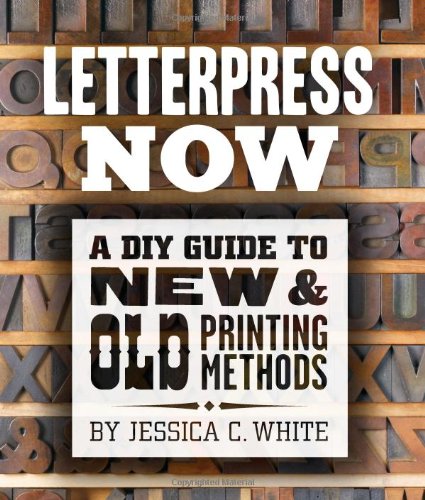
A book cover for Letterpress Now: A DIY Guide to New & Old Printing Methods; Jessica C. White; Arts & Photography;